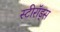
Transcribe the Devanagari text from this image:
स्टीरॉड्स